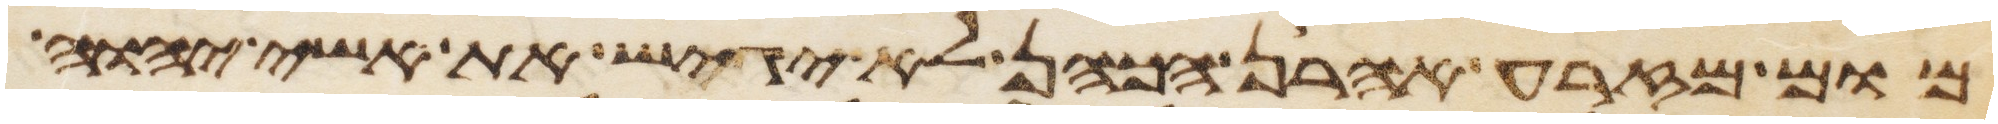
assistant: מום מזרע אהרן הכהן לא יגיש את אשי יהוה